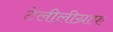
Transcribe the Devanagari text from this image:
टेलीलीग्राफ